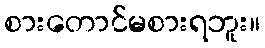
စားတောင်မစားရဘူး။